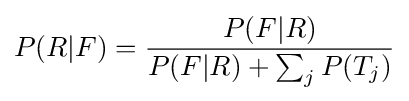
P(R|F)={\frac {P(F|R)}{P(F|R)+\sum _{j}{P(T_{j})}}}